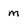
Character: m